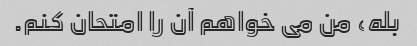
بله، من می خواهم آن را امتحان کنم.